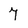
Character: 7